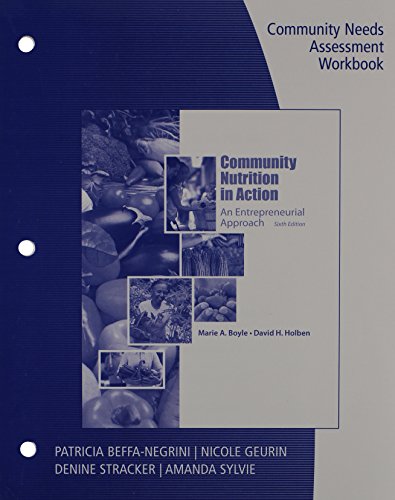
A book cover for Workbook for Boyle/Holben's Community Nutrition in Action: An Entrepreneurial Approach, 6th; Marie A. Boyle; Medical Books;